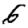
Digit: 6